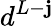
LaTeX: d^{L-\mathbf{j}}